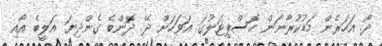
ދޯ. އަހަރެން މަޑުކުރާނަން ހޮސްޕިޓަލުގަ. އަވަހަށް ދޭ. ދޮންބެ ގެންދިޔަ އަލީބެ އާއި